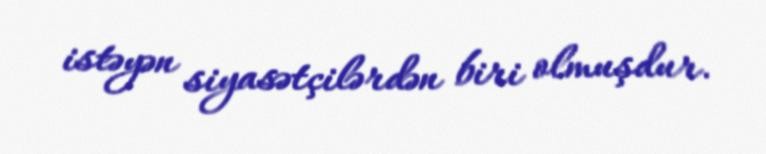
istəyən siyasətçilərdən biri olmuşdur.